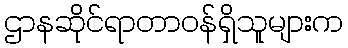
ဌာနဆိုင်ရာတာဝန်ရှိသူများက